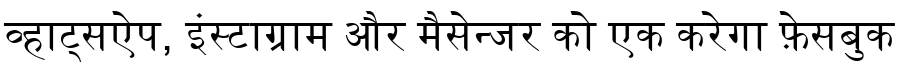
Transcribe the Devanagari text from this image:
व्हाट्सऐप, इंस्टाग्राम और मैसेन्जर को एक करेगा फ़ेसबुक